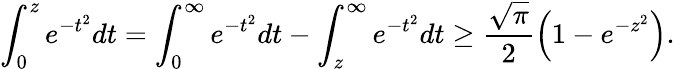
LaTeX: \begin{array}{r}{\displaystyle\int_{0}^{z}e^{-t^{2}}dt=\displaystyle\int_{0}^{\infty}e^{-t^{2}}dt-\displaystyle\int_{z}^{\infty}e^{-t^{2}}dt\ge\frac{\sqrt{\pi}}{2}\left(1-e^{-z^{2}}\right).}\end{array}